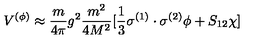
V ^ { ( \phi ) } \approx \frac { m } { 4 \pi } g ^ { 2 } \frac { m ^ { 2 } } { 4 M ^ { 2 } } [ \frac { 1 } { 3 } \mathrm { \boldmath \sigma } ^ { ( 1 ) } \cdot \mathrm { \boldmath \sigma } ^ { ( 2 ) } \phi + S _ { 1 2 } \chi ]